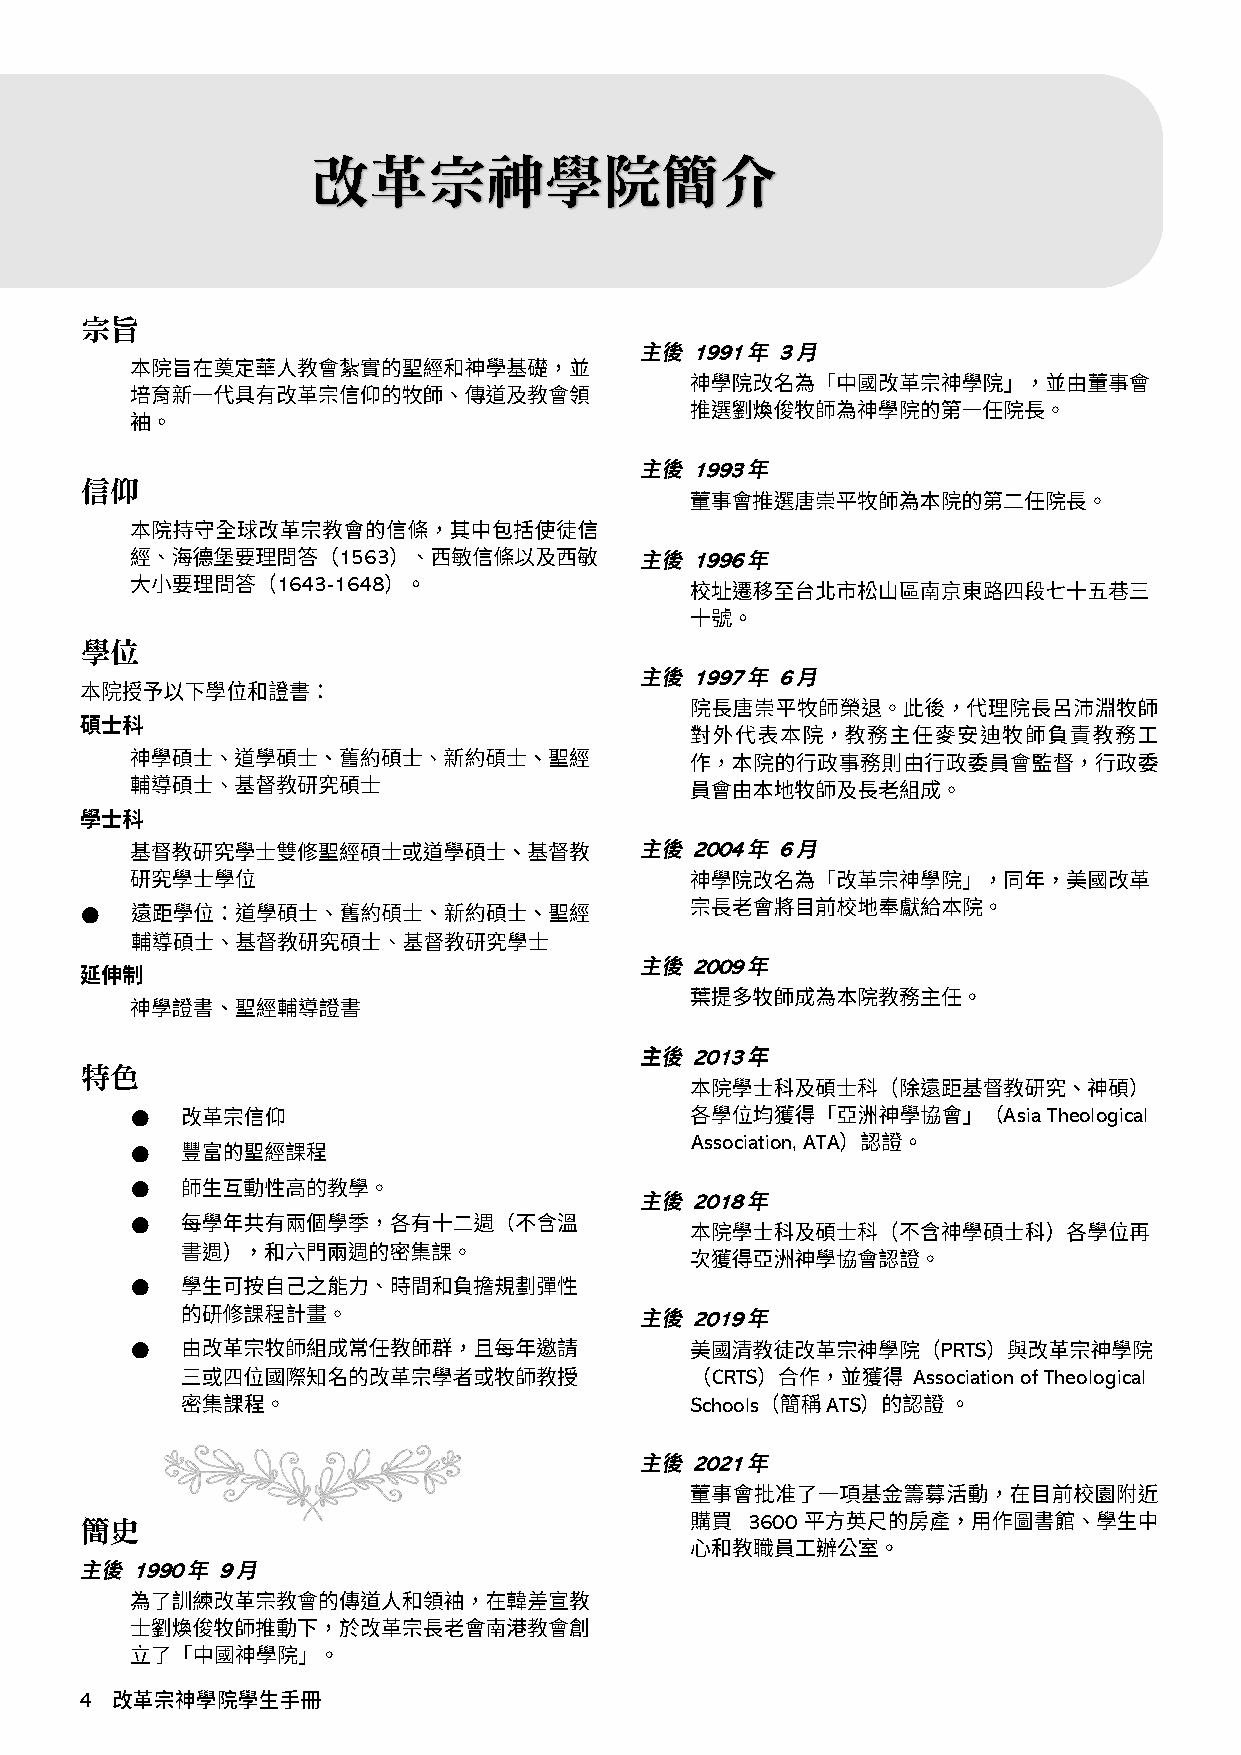
改革宗神學院簡介
 宗旨
 1991 3
 1993
 信仰
 1563                    1996
 1643-1648
 學位
 1997 6
 2004 6
 ●
 2009
 2013
 特色
 ●                                                        Asia Theological
 Association, ATA
 ●
 ●
 2018
 ●
 ●
 2019
 ●                                                    PRTS
 CRTS         Association of Theological
 Schools  ATS
 2021
 簡史                                          3600
 1990 9
 4